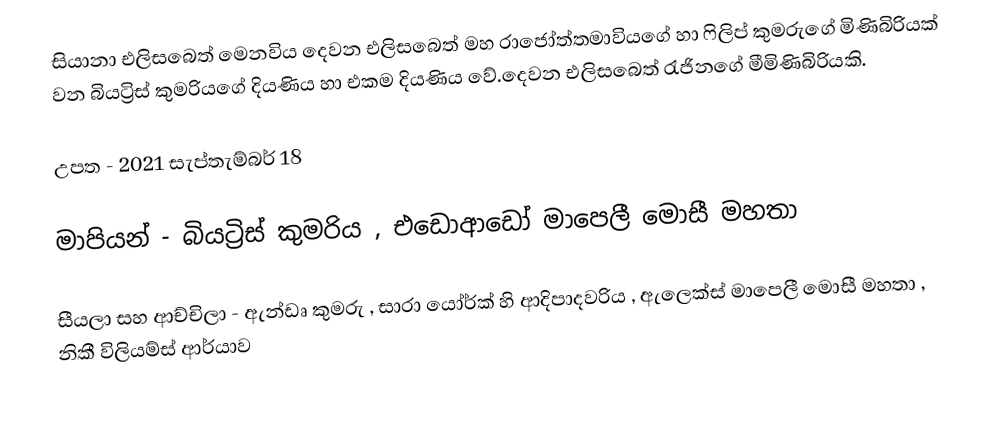
සියානා එලිසබෙත් මෙනවිය දෙවන එලිසබෙත් මහ රාජෝත්තමාවියගේ හා ෆිලිප් කුමරුගේ මිණිබිරියක් වන බියට්‍රිස් කුමරියගේ දියණිය හා එකම දියණිය වේ.දෙවන එලිසබෙත් රැජිනගේ මීමිණිබිරියකි.

උපත - 2021 සැප්තැම්බර් 18

මාපියන් - බියට්‍රිස් කුමරිය , එඩොආඩෝ මාපෙලී මොසී මහතා

සීයලා සහ ආච්චිලා -  ඇන්ඩෘ කුමරු , සාරා යෝර්ක් හි ආදිපාදවරිය , ඇලෙක්ස් මාපෙලී මොසී මහතා , නිකී විලියම්ස් ආර්යාව